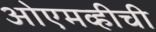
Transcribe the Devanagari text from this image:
ओएमव्हीची